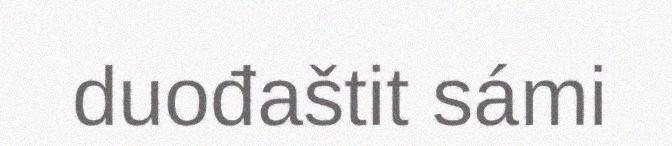
duođaštit sámi